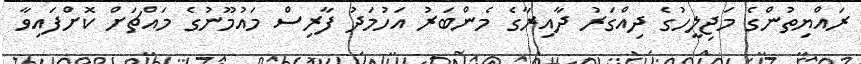
ރައްޔިތުންގެ މަޖިލީހުގެ ދިއްގަރު ދާއިރާގެ މެންބަރު އަހުމަދު ފާރިސް މައުމޫނުގެ މައްޗަށް ކޮށްފައިވާ